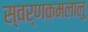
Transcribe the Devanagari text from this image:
स्वर्णकमलालु